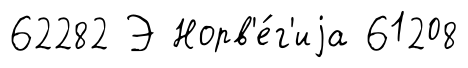
62282 Э Норв'е́г'иjа 61208